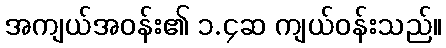
အကျယ်အဝန်း၏ ၁.၄ဆ ကျယ်ဝန်းသည်။